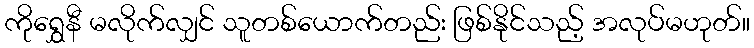
ကိုရွှေနီ မလိုက်လျှင် သူတစ်ယောက်တည်း ဖြစ်နိုင်သည့် အလုပ်မဟုတ်။